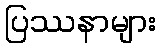
ပြဿနာများ